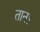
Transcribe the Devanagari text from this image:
तानऽ